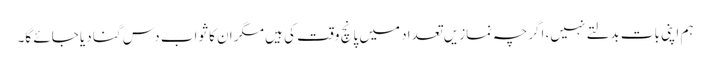
ہم اپنی بات بدلتے نہیں، اگرچہ نمازیں تعداد میں پانچ وقت کی ہیں مگر ان کا ثواب دس گنا دیا جائے گا۔